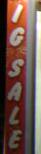
ig